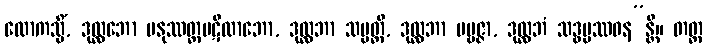
လောကသ္မိံ, ဒုလ္လဘော မနုဿတ္တပဋိလာဘော, ဒုလ္လဘာ သမ္ပတ္တိ, ဒုလ္လဘာ ပဗ္ဗဇ္ဇာ, ဒုလ္လဘံ သဒ္ဓမ္မဿဝန”န္တိ။ တတ္ထ